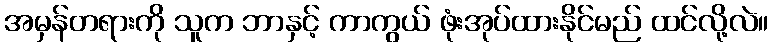
အမှန်တရားကို သူက ဘာနှင့် ကာကွယ် ဖုံးအုပ်ထားနိုင်မည် ထင်လို့လဲ။